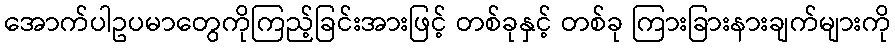
အောက်ပါဥပမာတွေကိုကြည့်ခြင်းအားဖြင့် တစ်ခုနှင့် တစ်ခု ကြားခြားနားချက်များကို